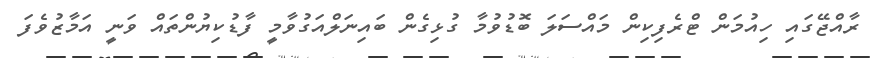
ރާއްޖޭގައި ހިއުމަން ޓްރެފިކިން މައްސަލަ ބޮޑުވުމާ ގުޅިގެން ބައިނަލްއަގުވާމީ ފާޑުކިޔުންތައް ވަނީ އަމާޒުވެފަ